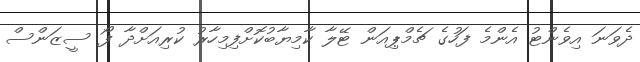
ދެވަނަ އިވެންޓު އެންމެ ފަހުގެ ޗެމްޕިއަން ޓޭލާ ކާމިޔާބުކޮށްފިމިހާރު ކުރިއަށްދާ ފޯ ސީޒަންސް